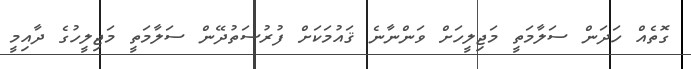
ގޮތެއް ހަދަން ސަލާމަތީ މަޖިލީހަށް ވަންނާނެ ޤައުމަކަށް ފުރުސަތުދޭން ސަލާމަތީ މަޖިލީހުގެ ދާއިމީ